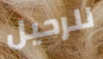
للرحيل